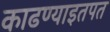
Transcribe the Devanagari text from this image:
काढण्याइतपत